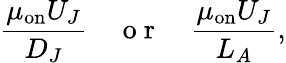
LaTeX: \frac{\mu_{\mathrm{on}}U_{J}}{D_{J}}\quad\mathrm{~o~r~}\quad\frac{\mu_{\mathrm{on}}U_{J}}{L_{A}},